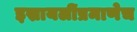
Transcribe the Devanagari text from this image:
इस्रायलींप्रमाणेच